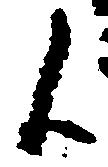
候